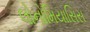
લોનોમિયાસિસ